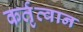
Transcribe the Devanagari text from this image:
कर्तृत्वान